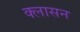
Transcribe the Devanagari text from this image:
क्लासन